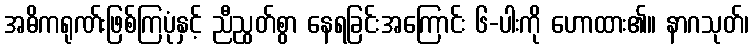
အဓိကရုဏ်းဖြစ်ကြပုံနှင့် ညီညွတ်စွာ နေရခြင်းအကြောင်း ၆-ပါးကို ဟောထား၏။ နာဂသုတ်၊